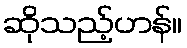
ဆိုသည့်ဟန်။